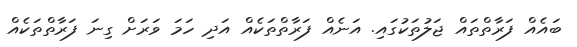
ބައެއް ފަރާތްތައް ޖަލުތަކުގައި. އަނެއް ފަރާތްތަކެއް އަދި ހަމަ ވަރަށް ގިނަ ފަރާތްތަކެއް